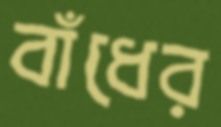
বাঁধের